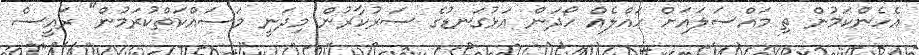
އެހެންކަމުން ތި މައްސަލައަށް ހައްލެއް ހޯދަން އަޅުގަނޑުގެ ސަރުކާރުން މިދަނީ މަސައްކަތްކުރަމުން" ރައީސް